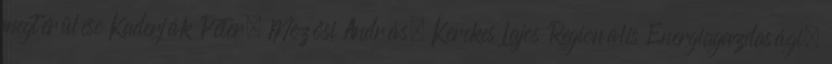
megtérülése Kaderják Péter, Mezősi András, Kerekes Lajos Regionális Energiagazdasági.